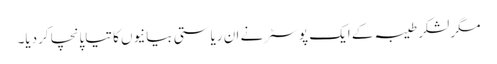
مگر لشکر طیبہ کے ایک پوسٹر نے ان ریاستی بیانیوں کا تیاپانچا کردیا۔